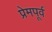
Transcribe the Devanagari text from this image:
प्रेमपूर्व